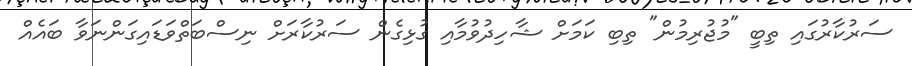
ސަރުކާރުގައި ތިބީ "މުޖުރިމުން" ތިބި ކަމަށް ޝާހިދުވުމާއި ގުޅިގެން ސަރުކާރަށް ނިސްބަތްވަޑައިގަންނަވާ ބައެއް